Indian journal of veterinary science and animal husbandry - Volume 11,
Year: 1941
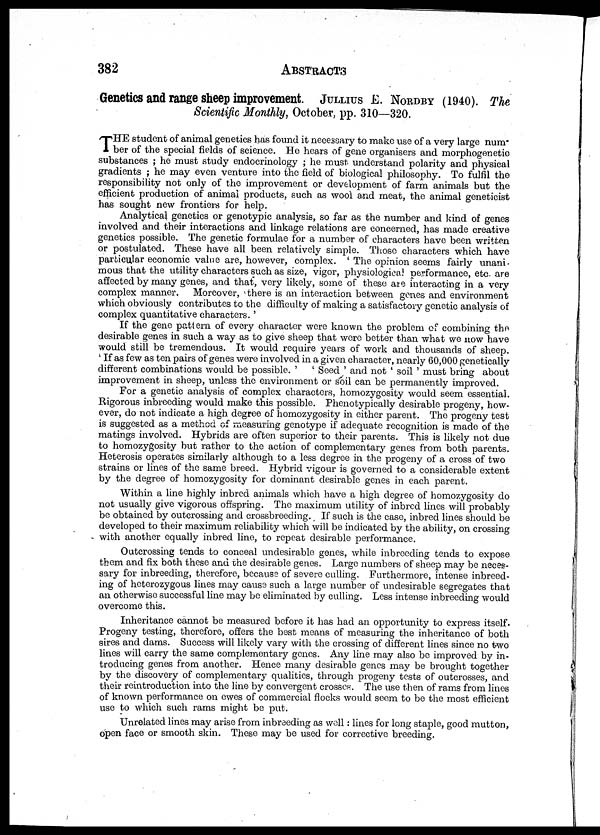
382 ABSTRACTS
Genetics and range sheep improvement. JULLIUS E. NORDBY (1940). The
Scientific Monthly, October, pp. 310—320.
T HE student of animal genetics has found it necessary to make use of a very large num-
ber of the special fields of science. He hears of gene organisers and morphogenetic
substances ; he must study endocrinology ; he must understand polarity and physical
gradients ; he may even venture into the field of biological philosophy. To fulfil the
responsibility not only of the improvement or development of farm animals but the
efficient production of animal products, such as wool and meat, the animal geneticist
has sought new frontiers for help.
Analytical genetics or genotypic analysis, so far as the number and kind of genes
involved and their interactions and linkage relations are concerned, has made creative
genetics possible. The genetic formulae for a number of characters have been written
or postulated. These have all been relatively simple. Those characters which have
particular economic value are, however, complex. ' The opinion seems fairly unani-
mous that the utility characters such as size, vigor, physiological performance, etc. are
affected by many genes, and that, very likely, some of these are interacting in a very
complex manner.
Moreover, there is an interaction between genes and environment
which obviously contributes to the difficulty of making a satisfactory genetic analysis of
complex quantitative characters. '
If the gene pattern of every character were known the problem of combining the
desirable genes in such a way as to give sheep that were better than what we now have
would still be tremendous. It would require years of work and thousands of sheep.
If as few as ten pairs of genes were involved in a given character, nearly 60,000 genetically
different combinations would be possible. '
' Seed ' and not ' soil ' must bring about
improvement in sheep, unless the environment or soil can be permanently improved.
For a genetic analysis of complex characters, homozygosity would seem essential.
Rigorous inbreeding would make this possible. Phenotypically desirable progeny, how-
ever, do not indicate a high degree of homozygosity in either parent. The progeny test
is suggested as a method of measuring genotype if adequate recognition is made of the
matings involved. Hybrids are often superior to their parents. This is likely not due
to homozygosity but rather to the action of complementary genes from both parents.
Heterosis operates similarly although to a less degree in the progeny of a cross of two
strains or lines of the same breed. Hybrid vigour is governed to a considerable extent
by the degree of homozygosity for dominant desirable genes in each parent.
Within a line highly inbred animals which have a high degree of homozygosity do
not usually give vigorous offspring. The maximum utility of inbred lines will probably
be obtained by outcrossing and crossbreeding. _ If such is the case, inbred lines should be
developed to their maximum reliability which will be indicated by the ability, on crossing
with another equally inbred line, to repeat desirable performance.
Outcrossing tends to conceal undesirable genes, while inbreeding tends to expose
them and fix both these and the desirable genes. Large numbers of sheep may be neces-
sary for inbreeding, therefore, because of severe culling. Furthermore, intense inbreed-
ing of heterozygous lines may cause such a large number of undesirable segregates that
an otherwise successful line may be eliminated by culling. Less intense inbreeding would
overcome this.
Inheritance cannot be measured before it has had an opportunity to express itself.
Progeny testing, therefore, offers the best means of measuring the inheritance of both
sires and dams. Success will likely vary with the crossing of different lines since no two
lines will carry the same complementary genes. Any line may also be improved by in-
troducing genes from another. Hence many desirable genes may be brought together
by the discovery of complementary qualities, through progeny tests of outcrosses, and
their reintroduction into the line by convergent crosses. The use then of rams from lines
of known performance on ewes of commercial flocks would seem to be the most efficient
use to which such rams might be put.
Unrelated lines may arise from inbreeding as well: lines for long staple, good mutton,
open face or smooth skin. These may be used for corrective breeding.